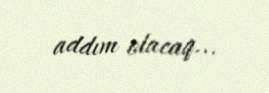
addım olacaq...